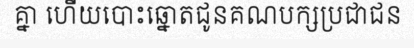
គ្នា ហើយបោះឆ្នោតជូនគណបក្សប្រជាជន